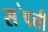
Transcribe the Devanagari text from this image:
स॓पत्ती